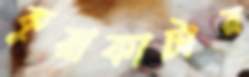
কুয়াকাটার